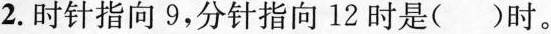
2.时针指向9，分针指向12时是()时。